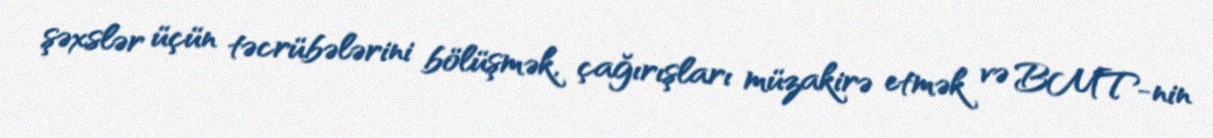
şəxslər üçün təcrübələrini bölüşmək, çağırışları müzakirə etmək və BMT-nin